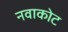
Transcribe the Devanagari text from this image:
नवाकोट